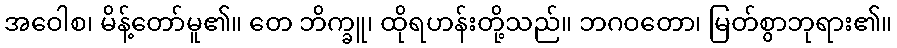
အဝေါစ၊ မိန့်တော်မူ၏။ တေ ဘိက္ခူ၊ ထိုရဟန်းတို့သည်။ ဘဂဝတော၊ မြတ်စွာဘုရား၏။